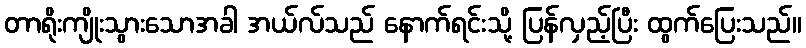
တာရိုးကျိုးသွားသောအခါ အယ်လ်သည် နောက်ရင်းသို့ ပြန်လှည့်ပြီး ထွက်ပြေးသည်။